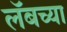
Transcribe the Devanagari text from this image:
लॅबच्या